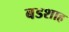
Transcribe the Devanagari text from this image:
बडशाह